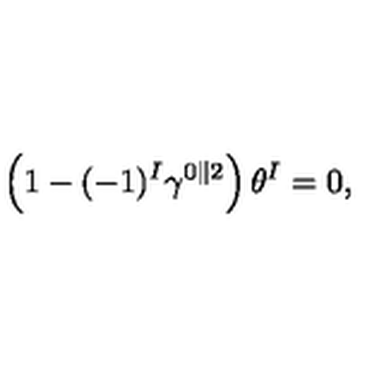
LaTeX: \left( 1 - ( - 1 ) ^ { I } \gamma ^ { 0 \parallel 2 } \right) \theta ^ { I } = 0 ,